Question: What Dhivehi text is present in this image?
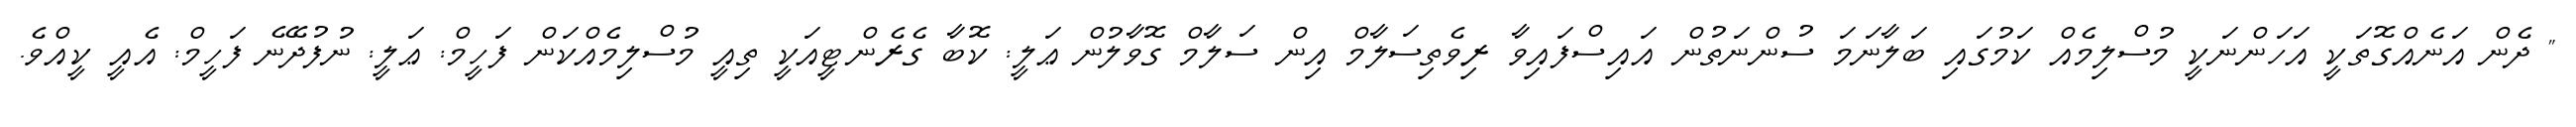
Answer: " ދެން އަނެއްގޮތަކީ އަހަންނަކީ މުސްލިމެއް ކަމުގައި ބަލާނަމަ ސުންނަތުން އައިސްފައިވާ ރިވެތިސަލާމް އިން ސަލާމް ގޮވާލުން ޢަލީ: ކޮބާ ގެރެންޓީއަކީ ތިއީ މުސްލިމެއްކަން ފަހީމް: ޢަލީ: ނުފުދޭނެ ފަހީމް: އެއީ ކީއްވެ.